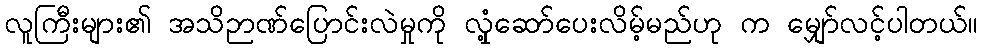
လူကြီးများ၏ အသိဉာဏ်ပြောင်းလဲမှုကို လှုံ့ဆော်ပေးလိမ့်မည်ဟု က မျှော်လင့်ပါတယ်။